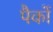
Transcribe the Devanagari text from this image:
पैकों